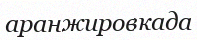
аранжировкада